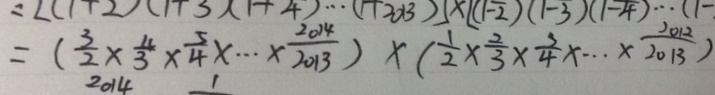
= ( \frac { 3 } { 2 } \times \frac { 4 } { 3 } \times \frac { 5 } { 4 } \times \cdots \times \frac { 2 0 1 4 } { 2 0 1 3 } ) \times ( \frac { 1 } { 2 } \times \frac { 2 } { 3 } \times \frac { 3 } { 4 } \times \cdots \times \frac { 2 0 1 2 } { 2 0 1 3 } )